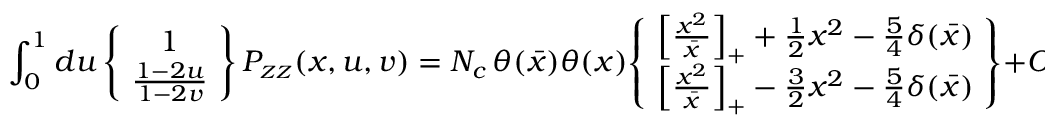
\int _ { 0 } ^ { 1 } d u \, \! \left\{ \! \begin{array} { c } { { 1 } } \\ { { \frac { 1 - 2 u } { 1 - 2 v } } } \end{array} \! \right\} P _ { \scriptscriptstyle \cal Z Z } ( x , u , v ) = N _ { c } \, \theta ( \bar { x } ) \theta ( x ) \! \left\{ \! \begin{array} { c } { { \left[ \frac { x ^ { 2 } } { \bar { x } } \right] _ { + } + \frac { 1 } { 2 } x ^ { 2 } - \frac { 5 } { 4 } \delta ( \bar { x } ) } } \\ { { \left[ \frac { x ^ { 2 } } { \bar { x } } \right] _ { + } - \frac { 3 } { 2 } x ^ { 2 } - \frac { 5 } { 4 } \delta ( \bar { x } ) } } \end{array} \! \right\} + { \cal O } \left( \frac { 1 } { N _ { c } } \right) ,